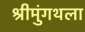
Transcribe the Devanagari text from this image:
श्रीमुंगथला